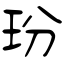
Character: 玢